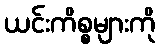
ယင်းကိစ္စများကို